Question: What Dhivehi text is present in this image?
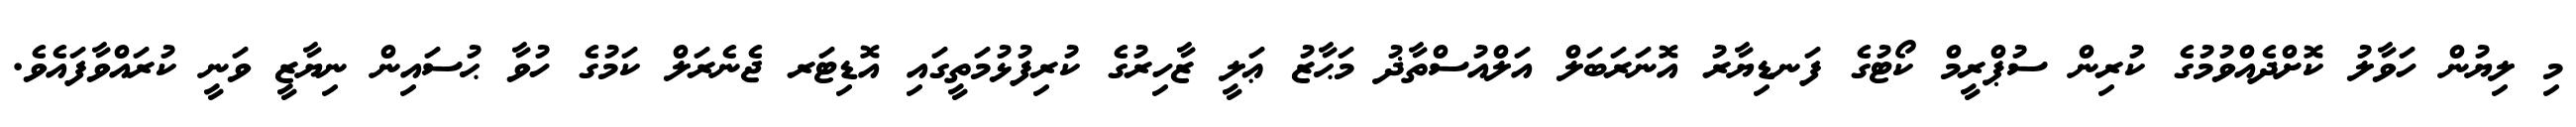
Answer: މި ލިޔުން ހަވާލު ކޮށްދެއްވުމުގެ ކުރިން ސުޕްރީމް ކޯޓުގެ ފަނޑިޔާރު އޮނަރަބަލް އަލްއުސްތާޛު މަޙާޒު ޢަލީ ޒާހިރުގެ ކުރިފުޅުމަތީގައި އޮޑިޓަރ ޖެނެރަލް ކަމުގެ ހުވާ ޙުސައިން ނިޔާޒީ ވަނީ ކުރައްވާފައެވެ.